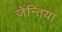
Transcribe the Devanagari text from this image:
जेन्तिया